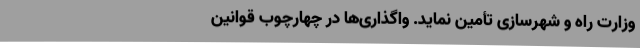
وزارت‌ راه ‌و شهرسازی ‌تأمین ‌نماید. واگذاری‌ها در چهارچوب‌ قوانین